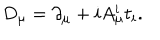
LaTeX: D _ { \mu } = \partial _ { \mu } + i A _ { \mu } ^ { i } t _ { i } .